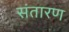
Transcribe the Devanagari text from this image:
संतारण